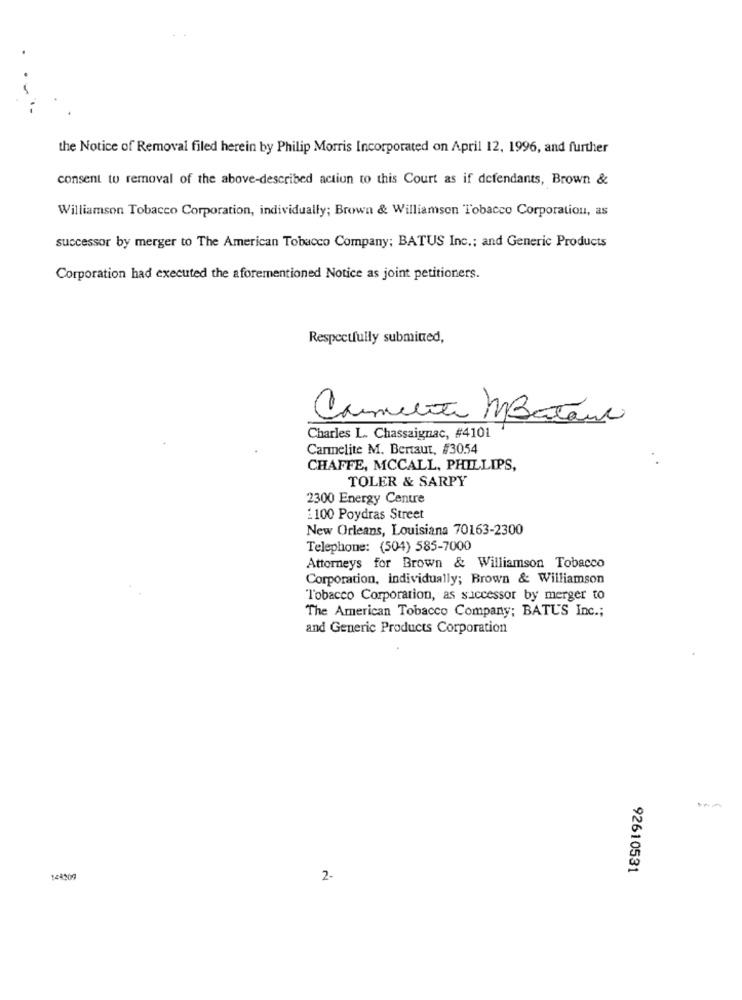
the Notice of Removal filed herein by Philip Morris Incorporated on April 12, 1996, and further
consent to removal of the above-described action to this Court as if defendants, Brown &
Williamson Tobacco Corporation, individually; Brown & Williamson Tobacco Corporation, as
successor by merger to The American Tobacco Company; BATUS Inc .; and Generic Products
Corporation had executed the aforementioned Notice as joint petitioners.
Respectfully submited,
Carmelite MBateur
Charles L. Chassaignac, #4101
Carmelite M. Bertaut, #3054
. .
CHAFFE, MCCALL, PHILLIPS,
TOLER & SARPY
2300 Energy Centre
1100 Poydras Street
New Orleans, Louisiana 70163-2300
Telephone: (504) 585-7000
Attorneys for Brown & Williamson Tobacco
Corporation, individually; Brown & Williamson
Tobacco Corporation, as successor by merger to
The American Tobacco Company; BATU'S Inc .;
and Generic Products Corporation
92610531
148209
2-